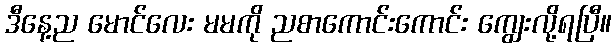
ဒီနေ့ည မောင်လေး မမကို ညစာကောင်းကောင်း ကျွေးလို့ရပြီ။